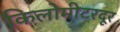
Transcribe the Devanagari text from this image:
किलोमीटरदूर